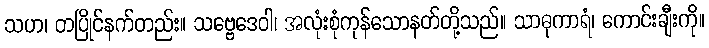
သဟ၊ တပြိုင်နက်တည်း။ သဗ္ဗေဒေဝါ၊ အလုံးစုံကုန်သောနတ်တို့သည်။ သာဓုကာရံ၊ ကောင်းချီးကို။